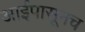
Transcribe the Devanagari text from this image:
आईपासूनच